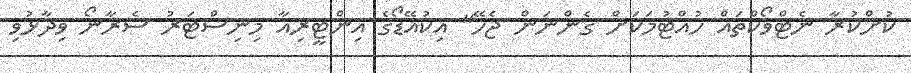
ކުށްކުރާ ނެޓްވޯކްތައް ހުއްޓުމަކަށް ގެންނަން ޖެހޭ" އިކުއޭޑޯގެ އިންޓީރިއާ މިނިސްޓަރު ސެރާނޯ ވިދާޅުވި